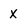
Character: X